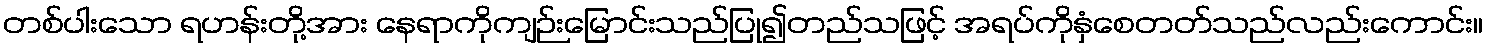
တစ်ပါးသော ရဟန်းတို့အား နေရာကိုကျဉ်းမြောင်းသည်ပြု၍တည်သဖြင့် အရပ်ကိုနှံစေတတ်သည်လည်းကောင်း။